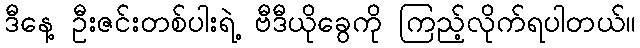
ဒီနေ့ ဦးဇင်းတစ်ပါးရဲ့ ဗီဒီယိုခွေကို ကြည့်လိုက်ရပါတယ်။